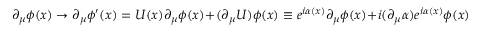
\partial _ { \mu } \phi ( x ) \rightarrow \partial _ { \mu } \phi ^ { \prime } ( x ) = U ( x ) \partial _ { \mu } \phi ( x ) + ( \partial _ { \mu } U ) \phi ( x ) \equiv e ^ { i \alpha ( x ) } \partial _ { \mu } \phi ( x ) + i ( \partial _ { \mu } \alpha ) e ^ { i \alpha ( x ) } \phi ( x )